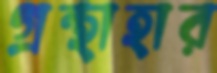
গ্রন্থাহার